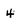
Character: 4